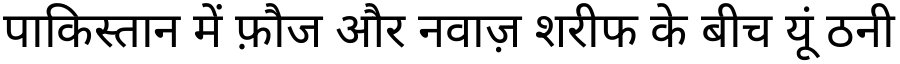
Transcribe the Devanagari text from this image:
पाकिस्तान में फ़ौज और नवाज़ शरीफ के बीच यूं ठनी